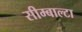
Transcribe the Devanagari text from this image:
सीम्बाल्टा